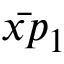
\bar { x p } _ { 1 }